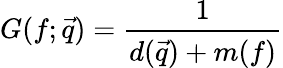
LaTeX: G(f;\vec{q})=\frac{1}{d(\vec{q})+m(f)}